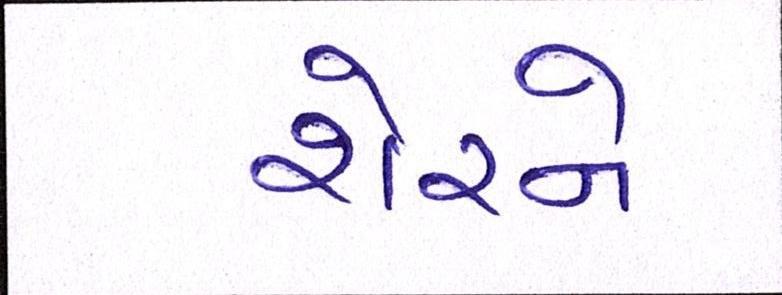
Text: શેરને